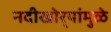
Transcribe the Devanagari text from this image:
नदीखोर्‍यांमुळे